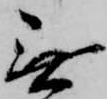
無